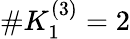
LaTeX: \# K_{1}^{(3)}=2